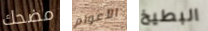
مضحك الأعوام البطيخ